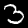
Digit: 3